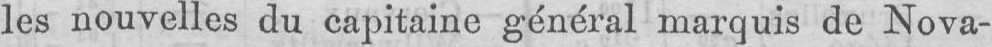
les nouvelles du capitaine général marquis de Nova-